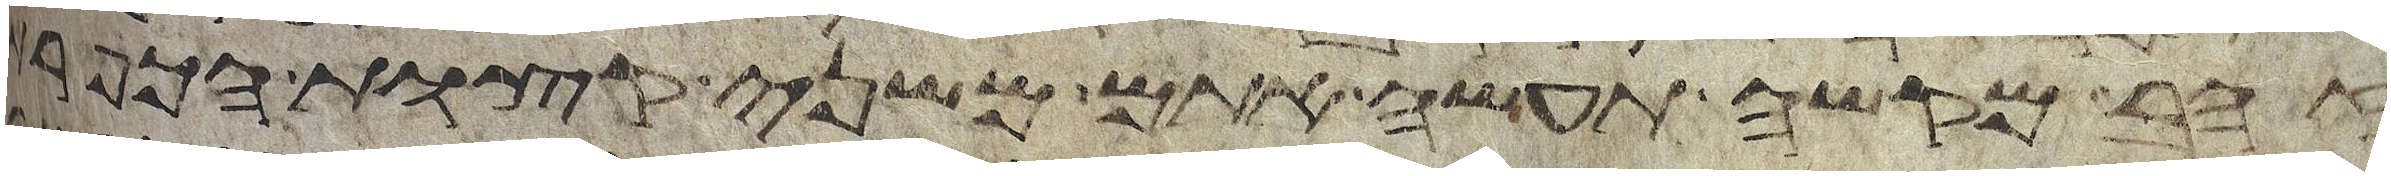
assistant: זהב מקשה תעשה אתם משני קצות הכפרת